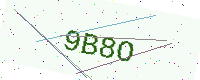
Text: 9B8O